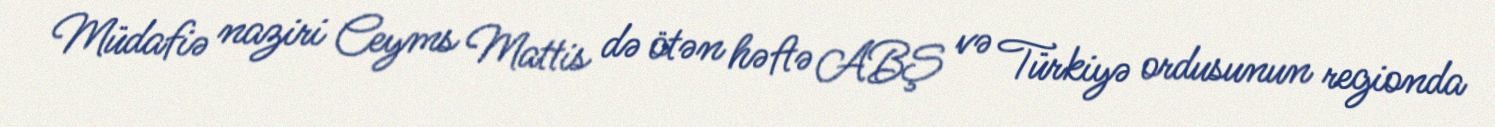
Müdafiə naziri Ceyms Mattis də ötən həftə ABŞ və Türkiyə ordusunun regionda